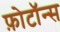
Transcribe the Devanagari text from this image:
फ़ोटॉन्स